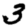
Digit: 3